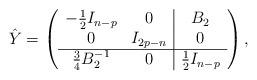
LaTeX: \begin{align*}\hat Y=\left(\begin{array}{cc|c} -\textstyle\frac{1}{2}I_{n-p} & 0 & B_2\\0 & I_{2p-n} & 0 \\\hline\textstyle\frac{3}{4} B_2^{-1} & 0 & \textstyle\frac{1}{2}I_{n-p} \\\end{array}\right),\end{align*}